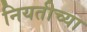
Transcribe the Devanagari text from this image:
नियतीच्या